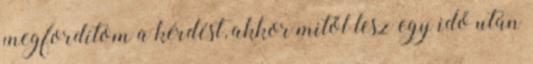
megfordítom a kérdést, akkor mitől lesz egy idő után